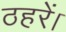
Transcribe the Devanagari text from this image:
ठहरें।